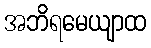
အဘိရမေယျာထ